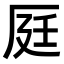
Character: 𠩢